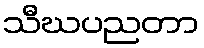
သီဃပညတာ